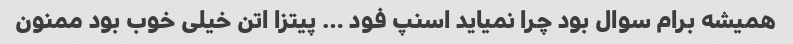
همیشه برام سوال بود چرا نمیاید اسنپ فود … پیتزا اتن خیلی خوب بود ممنون